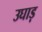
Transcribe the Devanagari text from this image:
उघाड़